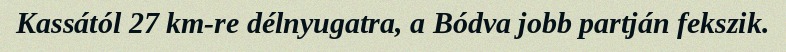
Kassától 27 km-re délnyugatra, a Bódva jobb partján fekszik.